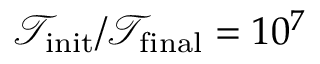
{ \mathcal { T } } _ { \mathrm { i n i t } } / { \mathcal { T } } _ { \mathrm { f i n a l } } = 1 0 ^ { 7 }